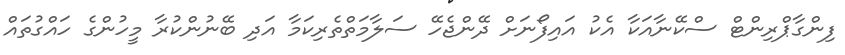
ފިންގާޕްރިންޓް ސްކޭނާއަކާ އެކު އައިފޯނަށް ދޭންޖެހޭ ސަލާމަތްތެރިކަމާ އަދި ބޭނުންކުރާ މީހުންގެ ހައްގުތައް